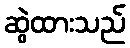
ဆွဲထားသည်